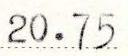
20.75